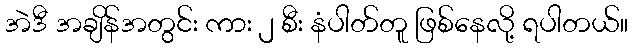
အဲဒီ အချိန်အတွင်း ကား ၂ စီး နံပါတ်တူ ဖြစ်နေလို့ ရပါတယ်။